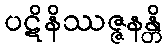
ပဋိနိဿဇ္ဇနန္တိ